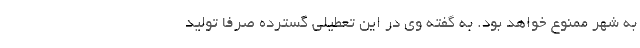
به شهر ممنوع خواهد بود. به گفته وی در این تعطیلی گسترده صرفاً تولید